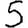
Digit: 5